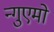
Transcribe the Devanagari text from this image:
न्गुएमो